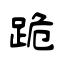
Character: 跪